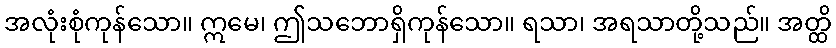
အလုံးစုံကုန်သော။ ဣမေ၊ ဤသဘောရှိကုန်သော။ ရသာ၊ အရသာတို့သည်။ အတ္ထိ